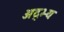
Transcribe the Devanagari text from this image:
अद्भ्यः